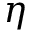
\eta